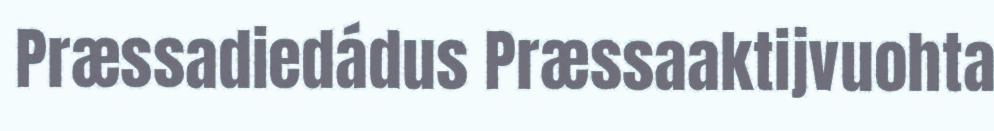
Præssadiedádus Præssaaktijvuohta